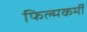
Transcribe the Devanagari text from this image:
फिल्मकर्मी